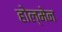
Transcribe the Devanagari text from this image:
होल्मेन